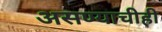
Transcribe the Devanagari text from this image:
असण्याचीही